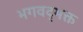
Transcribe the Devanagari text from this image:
भगवद्‌भक्त